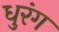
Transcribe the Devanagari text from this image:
धुरंग